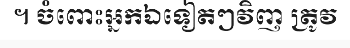
។ ចំពោះអ្នកឯទៀតៗវិញ ត្រូវ